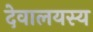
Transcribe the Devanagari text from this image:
देवालयस्य